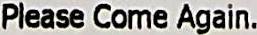
PLEASE COME AGAIN.